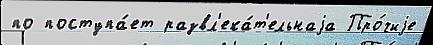
по поступа́ет развл'ека́т'ельнаjа Про́чиjе